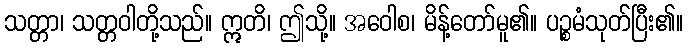
သတ္တာ၊ သတ္တဝါတို့သည်။ ဣတိ၊ ဤသို့။ အဝေါစ၊ မိန့်တော်မူ၏။ ပဉ္စမံသုတ်ပြီး၏။